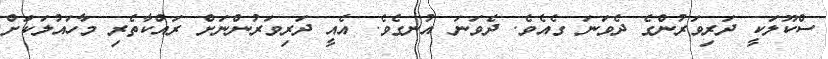
ސްކޫލަކީ ދަރިވަރުންގެ ދެވަނަ ގެއެވެ. ދެވަނަ އުނގެވެ. އެއީ ދަރިވަރުންނަށް ރައްކާތެރި މާހައުލަކަށް